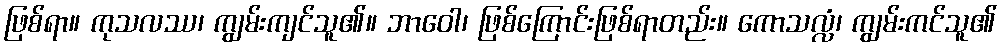
ဖြစ်ရာ။ ကုသလဿ၊ ကျွမ်းကျင်သူ၏။ ဘာဝေါ၊ ဖြစ်ကြောင်းဖြစ်ရာတည်း။ ကောသလ္လံ၊ ကျွမ်းကင်သူ၏